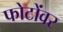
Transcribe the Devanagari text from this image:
फोटोंवर